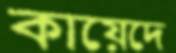
কায়েদে